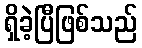
ရှိခဲ့ပြီဖြစ်သည်